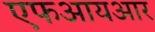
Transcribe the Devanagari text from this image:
एफआयआर